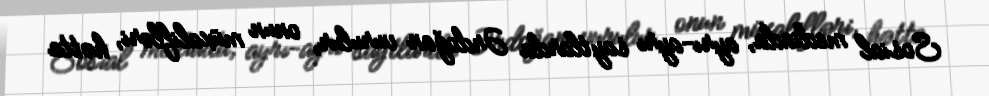
Sosial mediada, ayrı-ayrı saytlarda Ərdoğan vurulur, onun müxalifləri, hətta